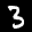
Label: 3